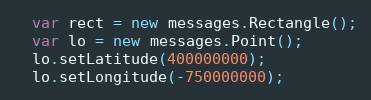
Language: JavaScript
  var rect = new messages.Rectangle();
  var lo = new messages.Point();
  lo.setLatitude(400000000);
  lo.setLongitude(-750000000);